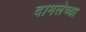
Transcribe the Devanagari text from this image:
दामलेच्या